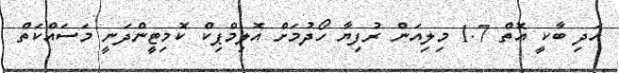
އަދި ބާކީ އޮތް 1.7 މިލިއަން ރުފިޔާ ހޯދުމަށް އޮލިމްޕިކް ކޮމިޓީންދަނީ މަސައްކަތް